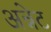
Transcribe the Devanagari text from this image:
अन्नेट